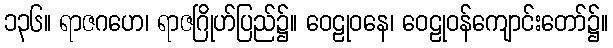
၁၃၆။ ရာဇဂဟေ၊ ရာဇဂြိုဟ်ပြည်၌။ ဝေဠုဝနေ၊ ဝေဠုဝန်ကျောင်းတော်၌။